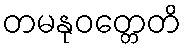
တမနုဝတ္တေတိ